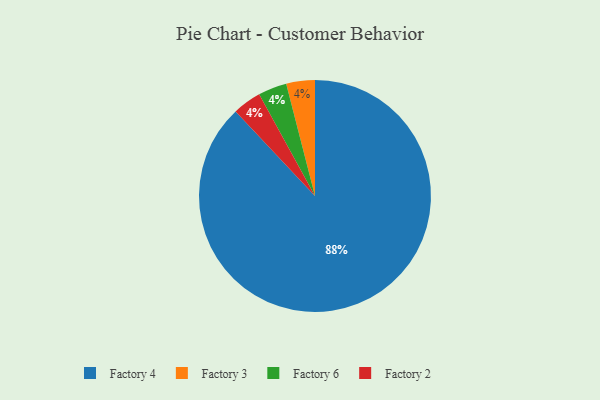
{"axis": {"x": "Category", "y": "Percentage"}, "legend": ["Factory 2", "Factory 3", "Factory 4", "Factory 6"], "data": [{"x": "Factory 4", "y": 88, "type": "Factory 4"}, {"x": "Factory 3", "y": 4, "type": "Factory 3"}, {"x": "Factory 6", "y": 4, "type": "Factory 6"}, {"x": "Factory 2", "y": 4, "type": "Factory 2"}]}